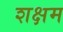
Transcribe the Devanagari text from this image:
शक्षम